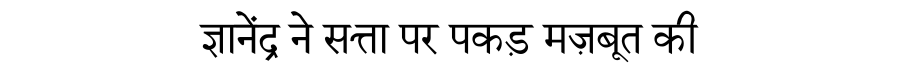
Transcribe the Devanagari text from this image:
ज्ञानेंद्र ने सत्ता पर पकड़ मज़बूत की